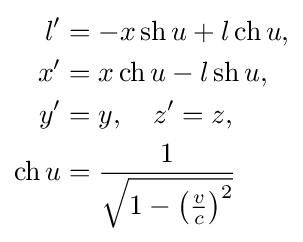
{\begin{aligned}l'&=-x\operatorname {sh} u+l\operatorname {ch} u,\\x'&=x\operatorname {ch} u-l\operatorname {sh} u,\\y'&=y,\quad z'=z,\\\operatorname {ch} u&={\frac {1}{\sqrt {1-\left({\frac {v}{c}}\right)^{2}}}}\end{aligned}}